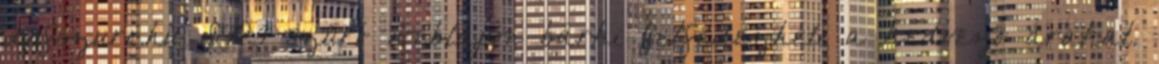
dpfszuro.hu DPF szűrő weblapon bárki felfedezheti a kedvező árakat.